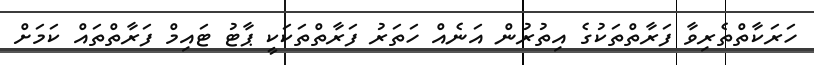
ހަރަކާތްތެރިވާ ފަރާތްތަކުގެ އިތުރުން އަނެއް ހަތަރު ފަރާތްތަކަކީ ޕާޓު ޓައިމް ފަރާތްތައް ކަމަށް